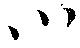
川